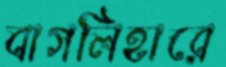
বাগলিহারে